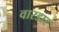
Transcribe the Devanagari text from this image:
वारडार